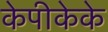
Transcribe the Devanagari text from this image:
केपीकेके